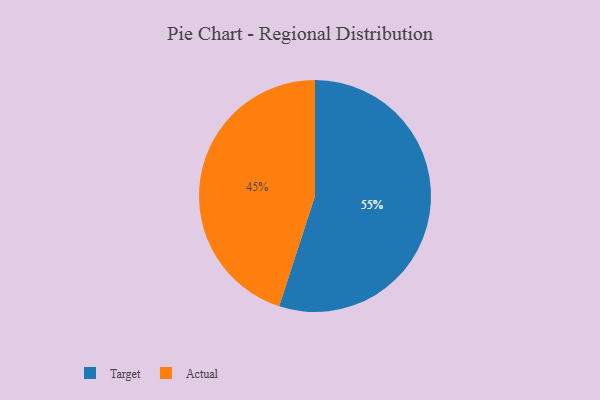
{"axis": {"x": "Category", "y": "Percentage"}, "legend": ["Actual", "Target"], "data": [{"x": "Actual", "y": 45, "type": "Actual"}, {"x": "Target", "y": 55, "type": "Target"}]}